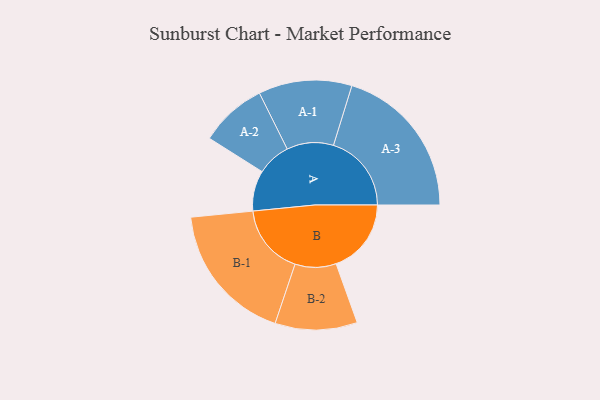
{"axis": {"x": "Segment", "y": "Value"}, "legend": ["", "A", "B"], "data": [{"x": "A", "y": 145, "type": ""}, {"x": "B", "y": 269, "type": ""}, {"x": "A-1", "y": 167, "type": "A"}, {"x": "A-2", "y": 120, "type": "A"}, {"x": "A-3", "y": 279, "type": "A"}, {"x": "B-1", "y": 252, "type": "B"}, {"x": "B-2", "y": 147, "type": "B"}]}